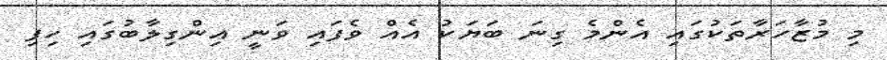
މި މުޒާހަރާތަކުގައި އެންމެ ގިނަ ބަޔަކު އެއް ވެފައި ވަނީ އިންގިލާބުގައި ހިފި